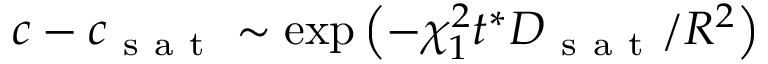
c - c _ { \mathrm { ~ s ~ a ~ t ~ } } \sim \exp \left( - \chi _ { 1 } ^ { 2 } t ^ { * } D _ { \mathrm { ~ s ~ a ~ t ~ } } / R ^ { 2 } \right)